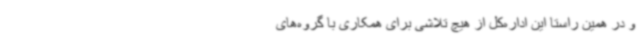
و در همین راستا این اداره‌کل از هیچ تلاشی برای همکاری با گروه‌های